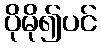
ပိုမို၍ပင်